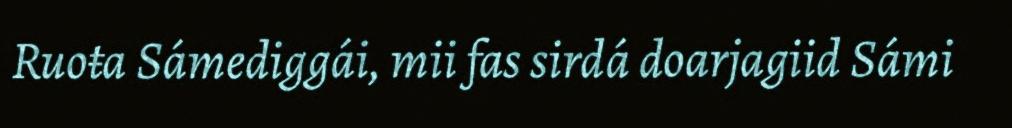
Ruoŧa Sámediggái, mii fas sirdá doarjagiid Sámi